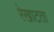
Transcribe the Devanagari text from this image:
रेखाटता